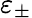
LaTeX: \varepsilon_{\pm}